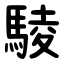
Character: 䮚